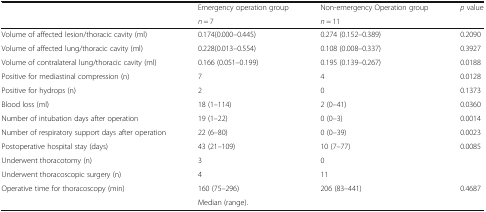
<table><thead><tr><td rowspan="2"></td><td><b>Emergency operation group</b></td><td><b>Non-emergency Operation group</b></td><td><b><i>p</i> value</b></td></tr><tr><td><b><i>n</i> = 7</b></td><td><b><i>n</i> = 11</b></td><td></td></tr></thead><tbody><tr><td>Volume of affected lesion/thoracic cavity (ml)</td><td>0.174(0.000–0.445)</td><td>0.274 (0.152–0.389)</td><td>0.2090</td></tr><tr><td>Volume of affected lung/thoracic cavity (ml)</td><td>0.228(0.013–0.554)</td><td>0.108 (0.008–0.337)</td><td>0.3927</td></tr><tr><td>Volume of contralateral lung/thoracic cavity (ml)</td><td>0.166 (0.051–0.199)</td><td>0.195 (0.139–0.267)</td><td>0.0188</td></tr><tr><td>Positive for mediastinal compression (n)</td><td>7</td><td>4</td><td>0.0128</td></tr><tr><td>Positive for hydrops (n)</td><td>2</td><td>0</td><td>0.1373</td></tr><tr><td>Blood loss (ml)</td><td>18 (1–114)</td><td>2 (0–41)</td><td>0.0360</td></tr><tr><td>Number of intubation days after operation</td><td>19 (1–22)</td><td>0 (0–3)</td><td>0.0014</td></tr><tr><td>Number of respiratory support days after operation</td><td>22 (6–80)</td><td>0 (0–39)</td><td>0.0023</td></tr><tr><td>Postoperative hospital stay (days)</td><td>43 (21–109)</td><td>10 (7–77)</td><td>0.0085</td></tr><tr><td>Underwent thoracotomy (n)</td><td>3</td><td>0</td><td></td></tr><tr><td>Underwent thoracoscopic surgery (n)</td><td>4</td><td>11</td><td></td></tr><tr><td rowspan="2">Operative time for thoracoscopy (min)</td><td>160 (75–296)</td><td>206 (83–441)</td><td>0.4687</td></tr><tr><td colspan="3">Median (range).</td></tr></tbody></table>